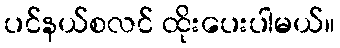
ပင်နယ်စလင် ထိုးပေးပါမယ်။